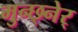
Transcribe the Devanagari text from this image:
मुन्छ्नेर्